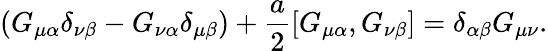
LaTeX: (G_{\mu\alpha}\delta_{\nu\beta}-G_{\nu\alpha}\delta_{\mu\beta})+\frac{a}{2}[G_{\mu\alpha},G_{\nu\beta}]=\delta_{\alpha\beta}G_{\mu\nu}.